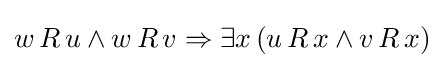
w\,R\,u\land w\,R\,v\Rightarrow \exists x\,(u\,R\,x\land v\,R\,x)